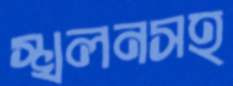
স্খলনসহ